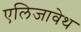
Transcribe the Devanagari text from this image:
एलिजावेथ